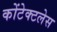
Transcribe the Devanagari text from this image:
कोंटेक्टलेस